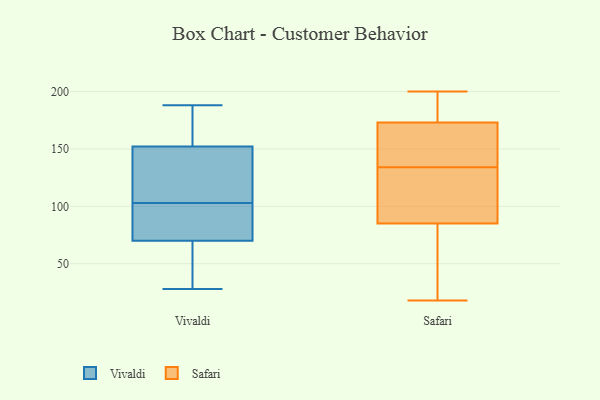
{"axis": {"x": "Satisfaction Score", "y": "Value"}, "legend": ["Safari", "Vivaldi"], "data": [{"x": "", "y": 28, "type": "Vivaldi"}, {"x": "", "y": 94, "type": "Vivaldi"}, {"x": "", "y": 135, "type": "Vivaldi"}, {"x": "", "y": 94, "type": "Vivaldi"}, {"x": "", "y": 42, "type": "Vivaldi"}, {"x": "", "y": 103, "type": "Vivaldi"}, {"x": "", "y": 106, "type": "Vivaldi"}, {"x": "", "y": 168, "type": "Vivaldi"}, {"x": "", "y": 39, "type": "Vivaldi"}, {"x": "", "y": 96, "type": "Vivaldi"}, {"x": "", "y": 73, "type": "Vivaldi"}, {"x": "", "y": 135, "type": "Vivaldi"}, {"x": "", "y": 188, "type": "Vivaldi"}, {"x": "", "y": 69, "type": "Vivaldi"}, {"x": "", "y": 158, "type": "Vivaldi"}, {"x": "", "y": 130, "type": "Vivaldi"}, {"x": "", "y": 166, "type": "Vivaldi"}, {"x": "", "y": 168, "type": "Vivaldi"}, {"x": "", "y": 35, "type": "Vivaldi"}, {"x": "", "y": 49, "type": "Safari"}, {"x": "", "y": 195, "type": "Safari"}, {"x": "", "y": 90, "type": "Safari"}, {"x": "", "y": 78, "type": "Safari"}, {"x": "", "y": 137, "type": "Safari"}, {"x": "", "y": 170, "type": "Safari"}, {"x": "", "y": 112, "type": "Safari"}, {"x": "", "y": 18, "type": "Safari"}, {"x": "", "y": 82, "type": "Safari"}, {"x": "", "y": 140, "type": "Safari"}, {"x": "", "y": 131, "type": "Safari"}, {"x": "", "y": 195, "type": "Safari"}, {"x": "", "y": 200, "type": "Safari"}, {"x": "", "y": 149, "type": "Safari"}, {"x": "", "y": 176, "type": "Safari"}, {"x": "", "y": 122, "type": "Safari"}, {"x": "", "y": 193, "type": "Safari"}, {"x": "", "y": 155, "type": "Safari"}, {"x": "", "y": 60, "type": "Safari"}, {"x": "", "y": 88, "type": "Safari"}]}